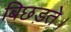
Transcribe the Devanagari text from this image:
बिछड़ते।